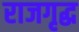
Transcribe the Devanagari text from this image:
राजगृद्ध